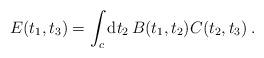
LaTeX: \begin{align*}E(t_1,t_3) = \int_{c} {\rm d}t_2 \, B(t_1,t_2) C(t_2,t_3) \>.\end{align*}